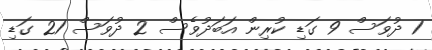
1 ދުވަސް 9 ގަޑި ކުރިން އަބަދުވެސް 2 ދުވަސް 21 ގަޑި